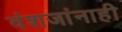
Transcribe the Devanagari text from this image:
वंशजांनाही